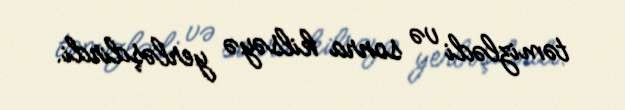
təmizlədi və sonra kilsəyə yerləşdirdi.